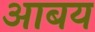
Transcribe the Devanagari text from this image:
आबय